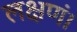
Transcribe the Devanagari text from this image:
लक्षणं।